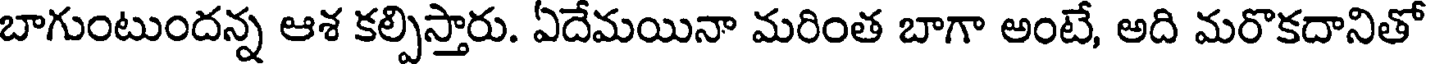
బాగుంటుందన్న ఆశ కల్పిస్తారు. ఏదేమయినా మరింత బాగా అంటే, అది మరొకదానితో